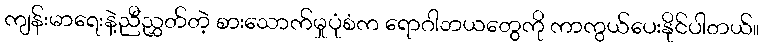
ကျန်းမာရေးနဲ့ညီညွှတ်တဲ့ စားသောက်မှုပုံစံက ရောဂါဘယတွေကို ကာကွယ်ပေးနိုင်ပါတယ်။